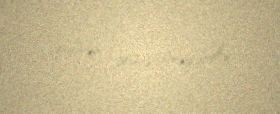
verilməsi göstərilməyibÂ».